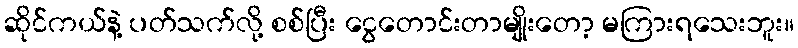
ဆိုင်ကယ်နဲ့ ပတ်သက်လို့ စစ်ပြီး ငွေတောင်းတာမျိုးတော့ မကြားရသေးဘူး။